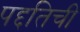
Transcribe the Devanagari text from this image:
पद्दतिची